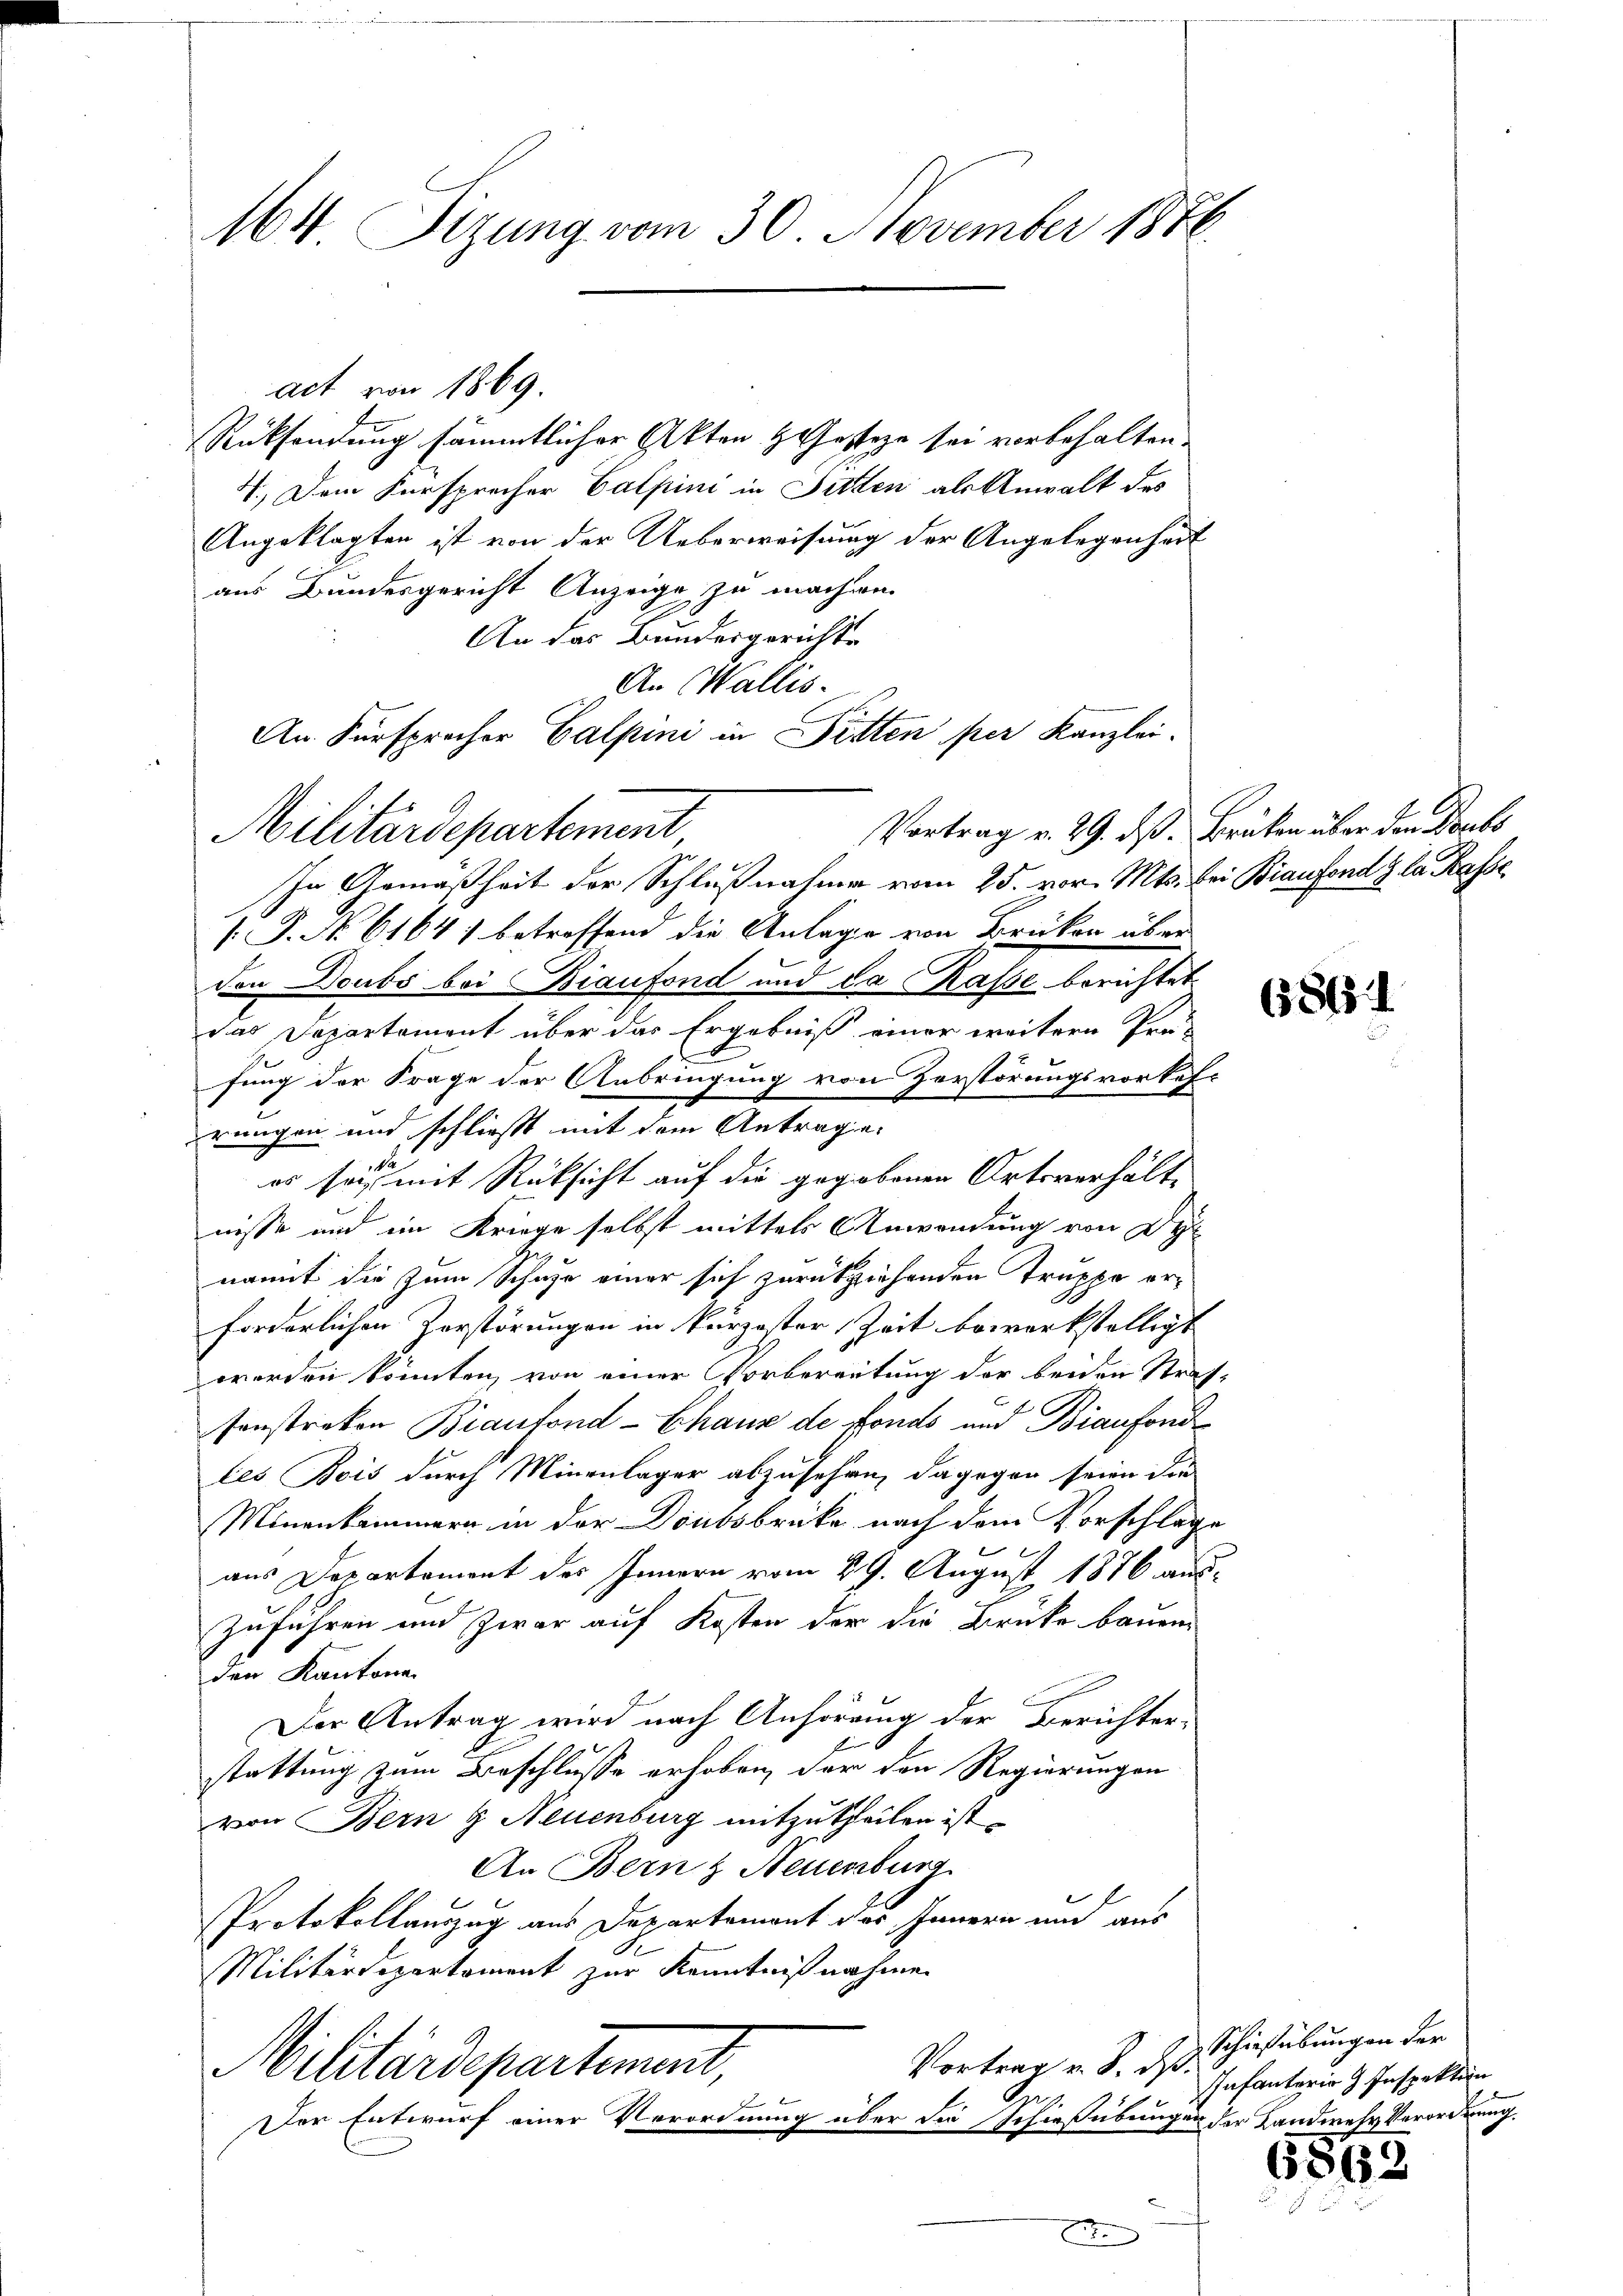
164 Fizung vom 30. November 1876

act von 1869.
Rücksendung sämmtlicher Akten Gesteze sei vorbehalten.
4.) Dem Fürsprecher Calpini in Fitten als Anwalt des
Angeklagten ist von der Ueberweisung der Angelegenhart
aus Bundesgericht Anzeige zu machen.
An das Bundesgerichte
An Wallis.
In Gemäßheit der Schlußnahme vom 25. vor. Mts. bei Biaufend & da Kasse
[.P. No 6164) betreffend die Anlage von Brüken über
den Doubs bei Biaufond und da Kasse berichtet.
das Separtement über das Ergebniß einer weitern Pro-
fung der Frage der Anbringung von Zerstörungsvorkeh-
rungen und schließt mit dem Antragen.
es sei mit Rücksicht auf die gegebenen Ortsverhältnisse und ein Kriege selbst mittels Anwendung von Dy
nannt die zum Schuhe einer sich zurückziehenden Truppe erforderlichen Zerstörungen in kurzester Zeit bewerkstelligt
werden könnten von einer Vorbereitung der beiden Strasonstreken Braufond -Chaus de fonds und Bianfond
les Bois durch Minenlager abzusehen, dagegen seien die
Minenkammern in der Donosbricke nach dem Vorschläge
mer se
aus Departement des Innern vom 29. August 1876 aus-
zuführen und zwar auf Kosten der die Brücke bauen
den Kantona
Der Antrag wird nach Anhörung der Berichter
stattung zum Beschlusse erhoben, der den Regierungen
von Bern & Neuenburg mitzutheilen ist.
An Bern & Neuenburg
Protokollauszug aus Departement des Innern und aus
Militärdepartement zur Kenntnißnahme
Vortrag v. J. daß
Militärdepartement,
Der Entwurf einer Verordnung über die Schießübungen der Landwehr Verordnung.

Militärdepartement

An Fürsprecher Calpini in Pitten per Kanzlei-
Vortrag v. 29. ds. Brüken über den Raubs

x

.

686

Schießübungen der
Infantorio Inspektion

686.